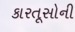
કારતૂસોની